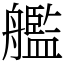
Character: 艦